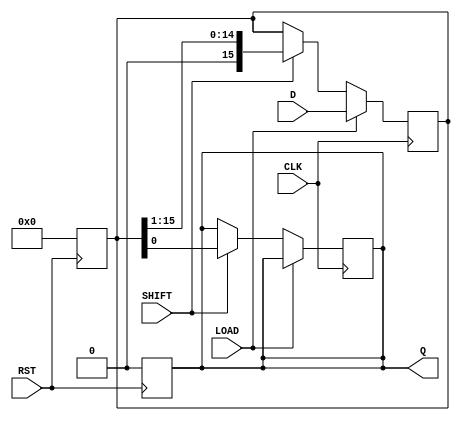
module PISO_Register (
    input wire [15:0] D,      // 16-bit parallel data input
    input wire LOAD,          // Load control signal
    input wire SHIFT,         // Shift control signal
    input wire CLK,           // Clock signal
    input wire RST,           // Asynchronous reset signal
    output reg Q              // Serial output
);

    reg [15:0] shift_reg;     // 16-bit shift register

    // Asynchronous reset
    always @(posedge RST) begin
        shift_reg <= 16'b0;    // Clear the shift register
        Q <= 1'b0;             // Clear the output
    end

    // Sequential logic for loading and shifting
    always @(posedge CLK) begin
        if (LOAD) begin
            shift_reg <= D;     // Load data into the shift register
        end else if (SHIFT) begin
            Q <= shift_reg[0];  // Output the LSB
            shift_reg <= shift_reg >> 1; // Shift right
        end
    end

endmodule